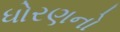
ધોરણનો